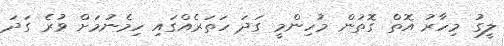
ލީގު މިހާރު އޮތް ގޮތުން މުހިންމީ ގަދަ ހަތަރެއްގައި ހިމެނުމަށް ވުރެ ގަދަ